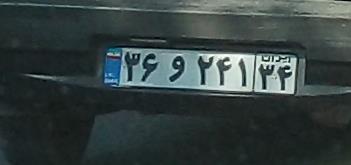
۳۶و۲۴۱۳۴